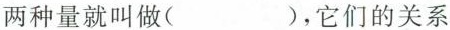
两种量就叫做( )，它们的关系